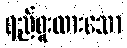
ရည်စူးထားသော